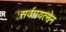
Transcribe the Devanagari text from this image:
सर्वप्रयत्नेन